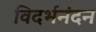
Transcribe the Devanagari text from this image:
विदर्भनंदन